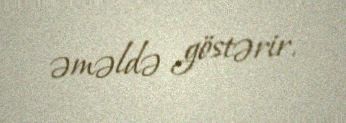
əməldə göstərir.